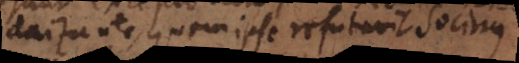
judaizante, quem ipse refutavit Socinus.